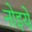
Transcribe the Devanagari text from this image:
नोइये